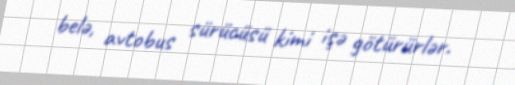
belə, avtobus sürücüsü kimi işə götürürlər.